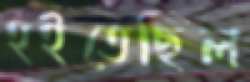
হইতেছিল